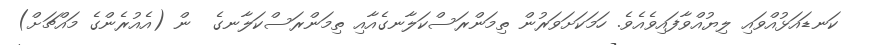
ކަނޑައަޅުއްވައި ލިޔުއްވާފައިވެއެވެ. ހަމަކަށަވަރުން ތިމަންރަސްކަލާނގެއާއި ތިމަންރަސްކަލާނގެ  ން (އެއުރެންގެ މައްޗަށް)